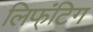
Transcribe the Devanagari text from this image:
लिफ्ंिटग